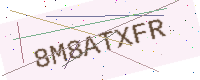
Text: 8M8ATXFR